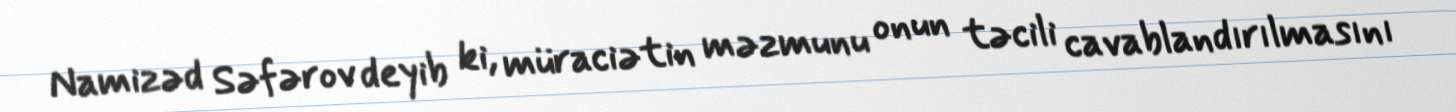
Namizəd Səfərov deyib ki, müraciətin məzmunu onun təcili cavablandırılmasını